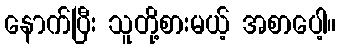
နောက်ပြီး သူတို့စားမယ့် အစာပေါ့။